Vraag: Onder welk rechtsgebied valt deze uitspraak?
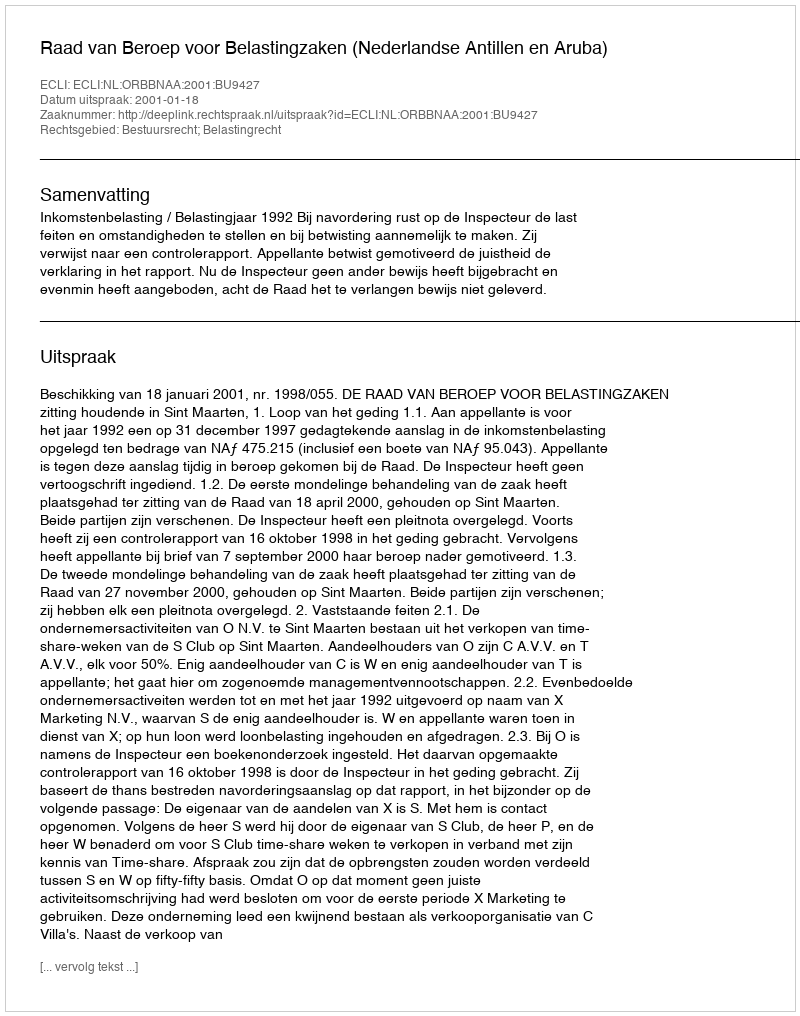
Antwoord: Bestuursrecht; Belastingrecht